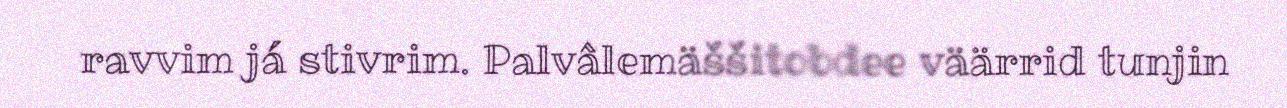
ravvim já stivrim. Palvâlemäššitobdee väärrid tunjin